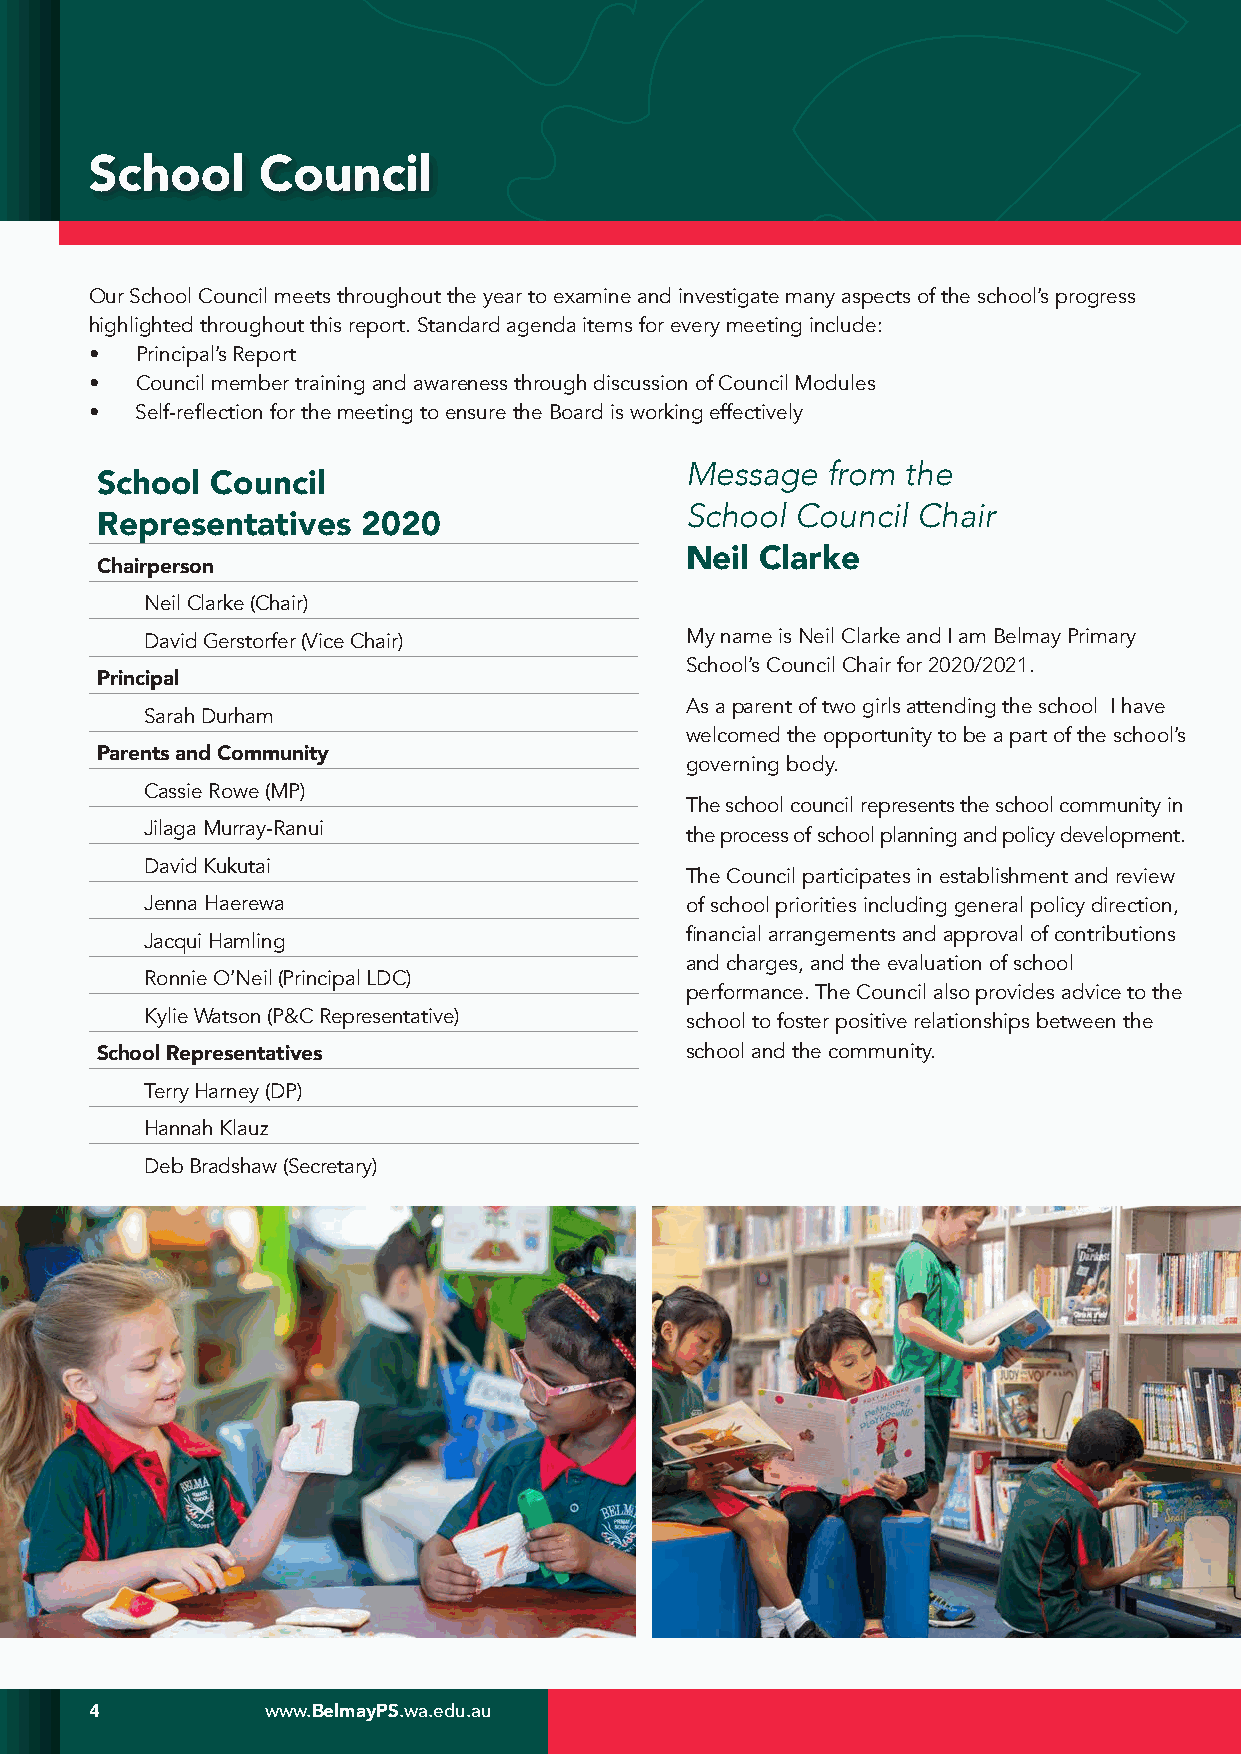
School     Council
 Our School Council meets throughout the year to examine and investigate many aspects of the school’s progress
 highlighted throughout this report. Standard agenda items for every meeting include:
 •  Principal’s Report
 •  Council member training and awareness through discussion of Council Modules
 •  Self-reflection for the meeting to ensure the Board is working effectively
 Message   from the
 School  Council
 School  Council Chair
 Representatives   2020
 Neil Clarke
 Chairperson
 Neil Clarke (Chair)
 David Gerstorfer (Vice Chair)      My name is Neil Clarke and I am Belmay Primary
 School’s Council Chair for 2020/2021.
 Principal
 As a parent of two girls attending the school I have
 Sarah Durham
 welcomed the opportunity to be a part of the school’s
 Parents and Community
 governing body.
 Cassie Rowe (MP)
 The school council represents the school community in
 Jilaga Murray-Ranui
 the process of school planning and policy development.
 David Kukutai
 The Council participates in establishment and review
 Jenna Haerewa                      of school priorities including general policy direction,
 financial arrangements and approval of contributions
 Jacqui Hamling
 and charges, and the evaluation of school
 Ronnie O’Neil (Principal LDC)
 performance. The Council also provides advice to the
 Kylie Watson (P&C Representative)  school to foster positive relationships between the
 School Representatives                 school and the community.
 Terry Harney (DP)
 Hannah Klauz
 Deb Bradshaw (Secretary)
 4           www.BelmayPS.wa.edu.au